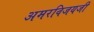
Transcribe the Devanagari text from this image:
अमरविजयजी